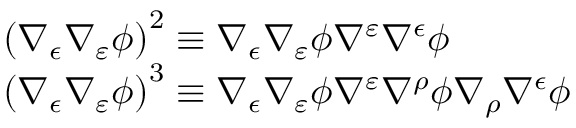
\begin{array} { r l } & { \left( \nabla _ { \epsilon } \nabla _ { \varepsilon } \phi \right) ^ { 2 } \equiv \nabla _ { \epsilon } \nabla _ { \varepsilon } \phi \nabla ^ { \varepsilon } \nabla ^ { \epsilon } \phi } \\ & { \left( \nabla _ { \epsilon } \nabla _ { \varepsilon } \phi \right) ^ { 3 } \equiv \nabla _ { \epsilon } \nabla _ { \varepsilon } \phi \nabla ^ { \varepsilon } \nabla ^ { \rho } \phi \nabla _ { \rho } \nabla ^ { \epsilon } \phi } \end{array}